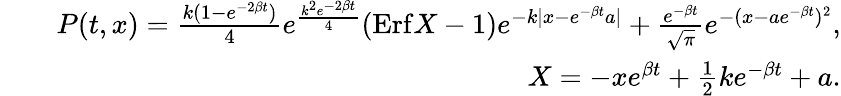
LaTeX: \begin{array}{rlr}&{}&{{P}(t,x)=\frac{k(1-e^{-2\beta t})}{4}e^{\frac{k^{2}e^{-2\beta t}}{4}}(\mathrm{Erf}X-1)e^{-k|x-e^{-\beta t}a|}+\frac{e^{-\beta t}}{\sqrt{\pi}}e^{-(x-ae^{-\beta t})^{2}},}\\ &{}&{X=-xe^{\beta t}+\frac 12ke^{-\beta t}+a.}\end{array}